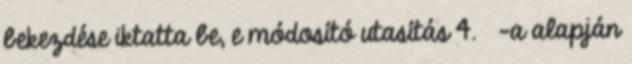
bekezdése iktatta be, e módosító utasítás 4. §-a alapján